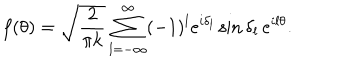
LaTeX: f ( \theta ) = \sqrt { \frac { 2 } { \pi k } } \sum _ { l = - \infty } ^ { \infty } ( - 1 ) ^ { l } e ^ { i \delta _ { l } } \sin \delta _ { l } \, e ^ { i l \theta } .